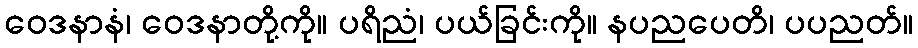
ဝေဒနာနံ၊ ဝေဒနာတို့ကို။ ပရိညံ၊ ပယ်ခြင်းကို။ နပညပေတိ၊ ပပညတ်။